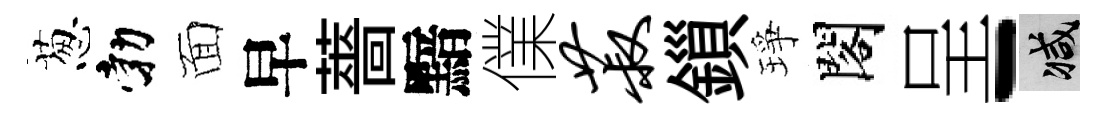
葱勃面早薔黯㒒菽鎻琤閣呈-减